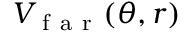
V _ { \mathrm { ~ f ~ a ~ r ~ } } ( \theta , r )